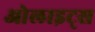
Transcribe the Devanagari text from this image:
ओलाइट्स